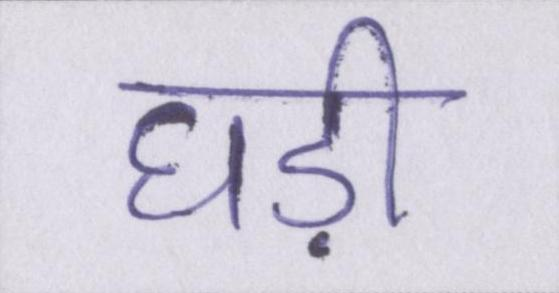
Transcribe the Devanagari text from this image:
घड़ी